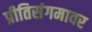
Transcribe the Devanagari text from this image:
प्रीतिसंगमावर